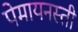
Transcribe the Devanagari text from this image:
पेमायनस्‍ती